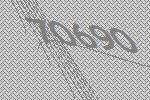
70690